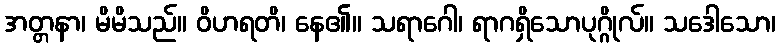
အတ္တနာ၊ မိမိသည်။ ဝိဟရတိ၊ နေ၏။ သရာဂေါ၊ ရာဂရှိသောပုဂ္ဂိုလ်။ သဒေါသော၊